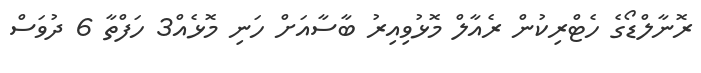
ރޮނާލްޑޯގެ ހެޓްރިކުން ރެއާލް މޮޅުވިއިރު ބާސާއަށް ހަނި މޮޅެއް3 ހަފްތާ 6 ދުވަސް